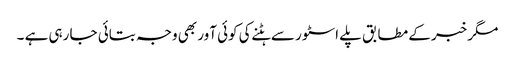
مگر خبر کے مطابق پلے اسٹور سے ہٹنے کی کوئی آور بھی وجہ بتائی جا رہی ہے ۔